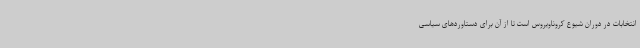
انتخابات در دوران شیوع کروناویروس است تا از آن برای دستاوردهای سیاسی